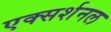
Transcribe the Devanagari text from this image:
एक्सर्शनल